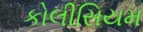
કોલીસિયમ